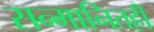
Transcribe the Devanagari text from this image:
सन्मानितही